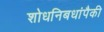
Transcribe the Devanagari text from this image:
शोधनिबधांपैकी